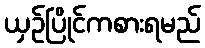
ယှဉ်ပြိုင်ကစားရမည်